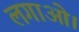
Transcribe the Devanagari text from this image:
लगाओ।